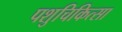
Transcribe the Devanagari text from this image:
पशुचिकित्‍सा